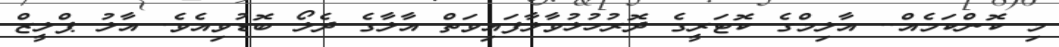
މި ކޮންކަމެއް.. އާލިމްގެ ކޮޓަރީގެ ދޮރުހުޅުވާލާފައިވަތް އާލާގެ ދެލޯ ބޮޑުވިއެވެ. އާލު ޕްލީޒް